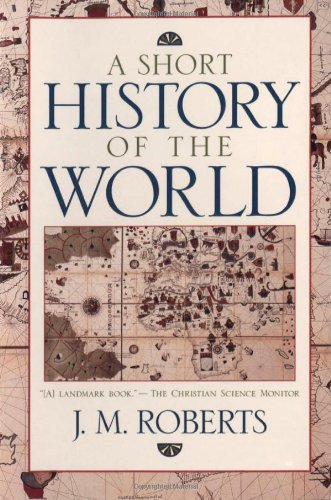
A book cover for A Short History of the World; John M. Roberts; History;